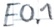
Text: E0.1